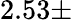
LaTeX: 2.53\pm